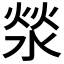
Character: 𰜉